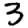
Digit: 3